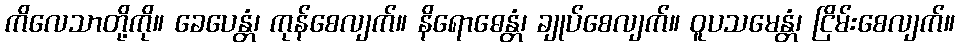
ကိလေသာတို့ကို။ ခေပေန္တံ၊ ကုန်စေလျက်။ နိရောဓေန္တံ၊ ချုပ်စေလျက်။ ဝူပသမေန္တံ၊ ငြိမ်းစေလျက်။